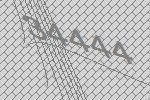
34444